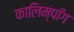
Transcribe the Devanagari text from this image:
कालिम्पाँग